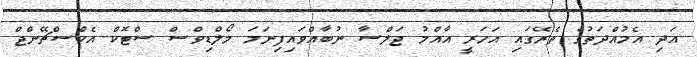
އަދި އެމުއްދަތުގެ ތެރޭގައި އަހަރީ އާއްމު ޖަލްސާ ނުބާއްވައިފިނަމަ މޯލްޑިވްސް ސްޓޮކް އެކްސްޗޭންޖް